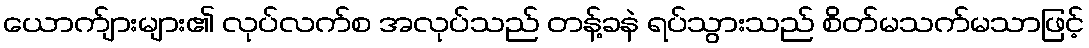
ယောက်ျားများ၏ လုပ်လက်စ အလုပ်သည် တန့်ခနဲ ရပ်သွားသည် စိတ်မသက်မသာဖြင့်